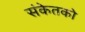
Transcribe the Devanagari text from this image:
संकेतको